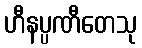
ဟီနပ္ပဏီတေသု